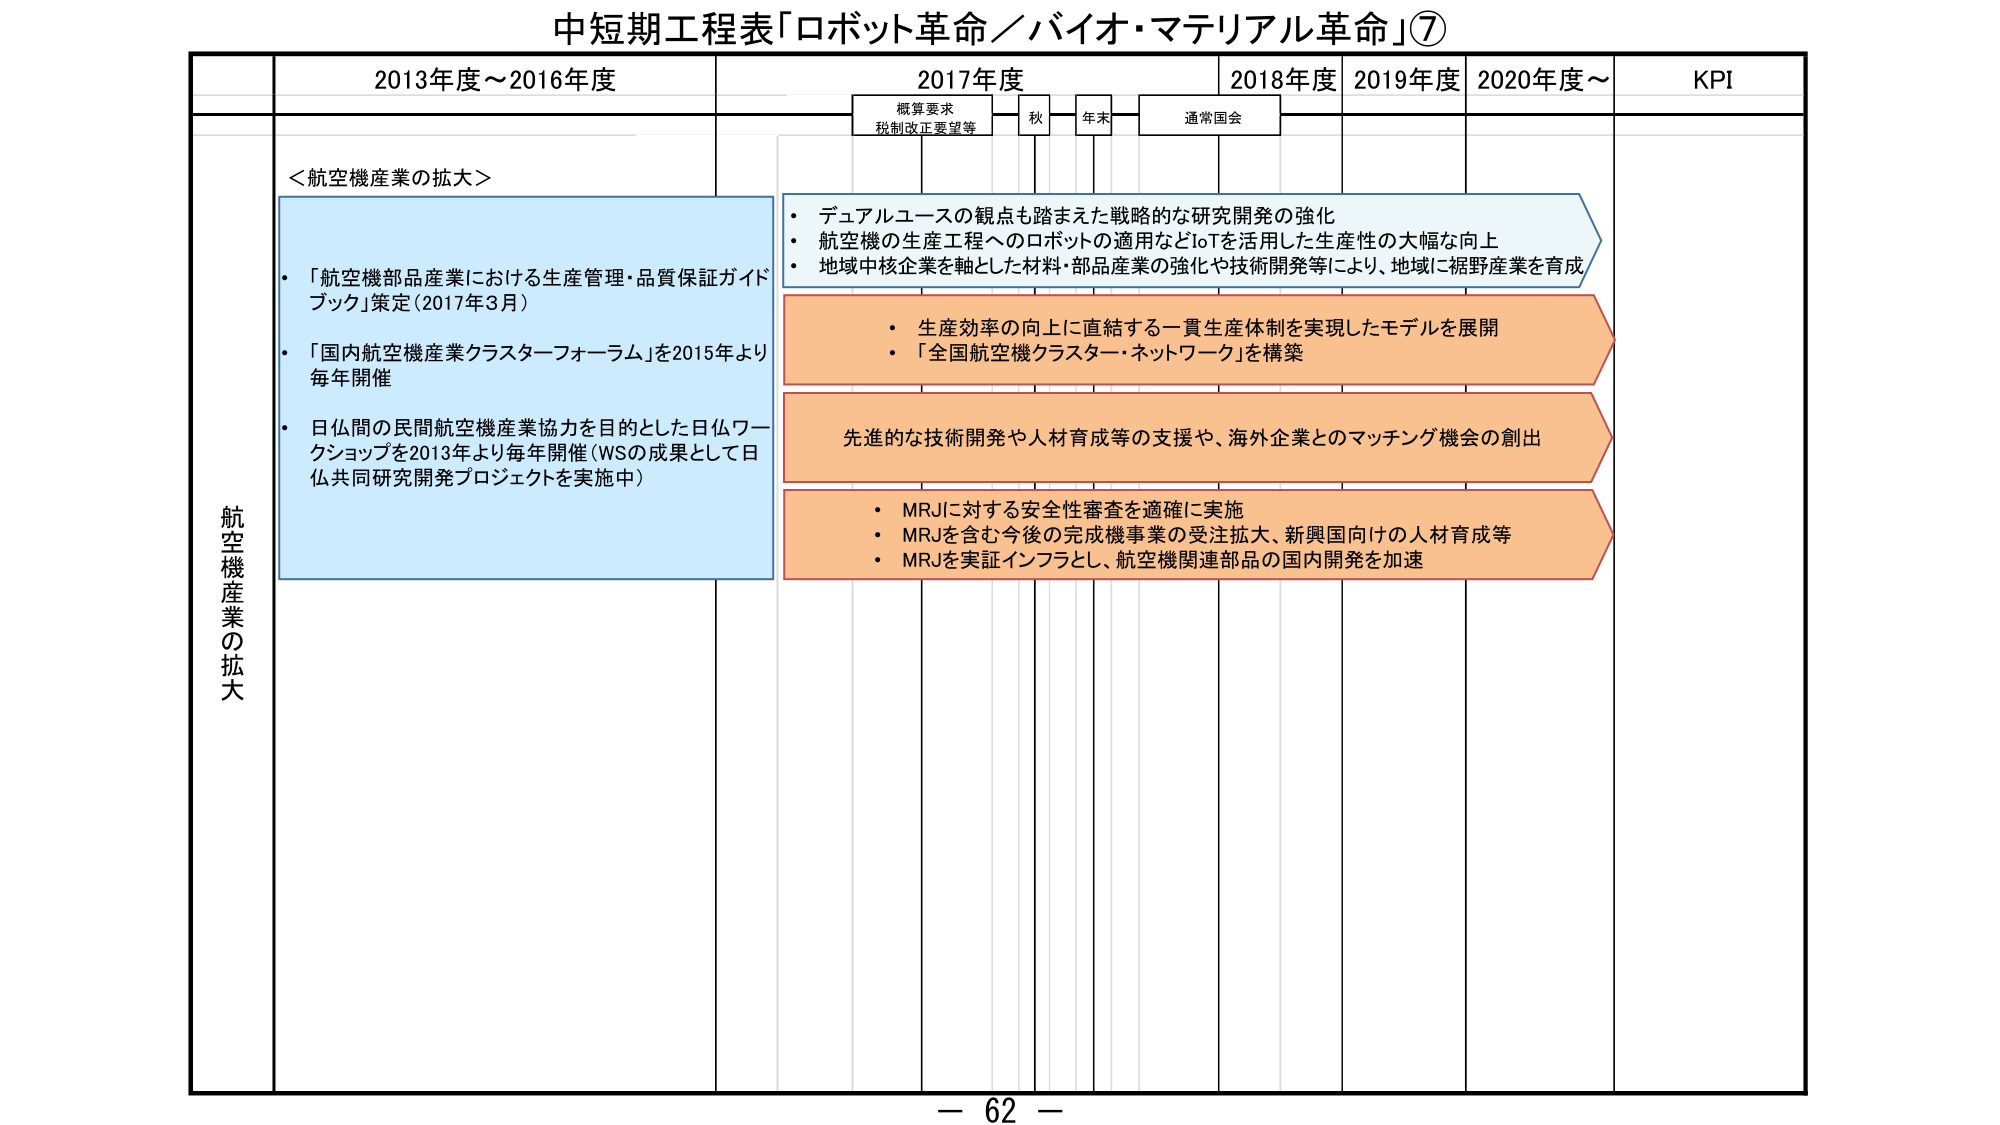
中短期工程表「ロボット革命／バイオ・マテリアル革命」⑦

2013年度～2016年度
2017年度
2018年度
2019年度
2020年度～
KPI

概算要求
税制改正要望等
秋
年末
通常国会

航空機産業の拡大

＜航空機産業の拡大＞

・「航空機部品産業における生産管理・品質保証ガイドブック」策定（2017年3月）
・「国内航空機産業クラスターフォーラム」を2015年より毎年開催
・日仏間の民間航空機産業協力を目的とした日仏ワークショップを2013年より毎年開催（WSの成果として日仏共同研究開発プロジェクトを実施中）

・デュアルユースの観点も踏まえた戦略的な研究開発の強化
・航空機の生産工程へのロボットの適用などIoTを活用した生産性の大幅な向上
・地域中核企業を軸とした材料・部品産業の強化や技術開発等により、地域に裾野産業を育成

・生産効率の向上に直結する一貫生産体制を実現したモデルを展開
・「全国航空機クラスター・ネットワーク」を構築

先進的な技術開発や人材育成等の支援や、海外企業とのマッチング機会の創出

・MRJに対する安全性審査を適確に実施
・MRJを含む今後の完成機事業の受注拡大、新興国向けの人材育成等
・MRJを実証インフラとし、航空機関連部品の国内開発を加速

－ 62 －